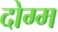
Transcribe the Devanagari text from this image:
दोग्म